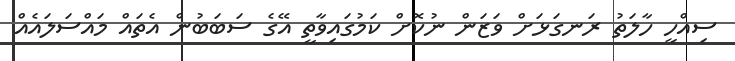
ސިއްހީ ހާލަތު ރަނގަޅަށް ވަޒަން ނުކޮށް ކަމުގައިވާތީ އޭގެ ސަބަބުން އެތައް މައްސަލައެއް